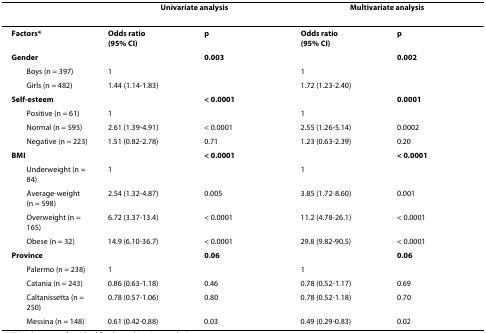
<table><thead><tr><td></td><td colspan="2"><b>Univariate analysis</b></td><td colspan="2"><b>Multivariate analysis</b></td></tr></thead><tbody><tr><td><b>Factors*</b></td><td><b>Odds ratio</b><b>(95% CI)</b></td><td><b>p</b></td><td><b>Odds ratio</b><b>(95% CI)</b></td><td><b>p</b></td></tr><tr><td><b>Gender</b></td><td></td><td><b>0.003</b></td><td></td><td><b>0.002</b></td></tr><tr><td> Boys (n = 397)</td><td>1</td><td></td><td>1</td><td></td></tr><tr><td> Girls (n = 482)</td><td>1.44 (1.14-1.83)</td><td></td><td>1.72 (1.23-2.40)</td><td></td></tr><tr><td><b>Self-esteem</b></td><td></td><td><b>&lt; 0.0001</b></td><td></td><td><b>0.0001</b></td></tr><tr><td> Positive (n = 61)</td><td>1</td><td></td><td>1</td><td></td></tr><tr><td> Normal (n = 595)</td><td>2.61 (1.39-4.91)</td><td>&lt; 0.0001</td><td>2.55 (1.26-5.14)</td><td>0.0002</td></tr><tr><td> Negative (n = 223)</td><td>1.51 (0.82-2.78)</td><td>0.71</td><td>1.23 (0.63-2.39)</td><td>0.20</td></tr><tr><td><b>BMI</b></td><td></td><td><b>&lt; 0.0001</b></td><td></td><td><b>&lt; 0.0001</b></td></tr><tr><td> Underweight (n = 84)</td><td>1</td><td></td><td>1</td><td></td></tr><tr><td> Average-weight (n = 598)</td><td>2.54 (1.32-4.87)</td><td>0.005</td><td>3.85 (1.72-8.60)</td><td>0.001</td></tr><tr><td> Overweight (n = 165)</td><td>6.72 (3.37-13.4)</td><td>&lt; 0.0001</td><td>11.2 (4.78-26.1)</td><td>&lt; 0.0001</td></tr><tr><td> Obese (n = 32)</td><td>14.9 (6.10-36.7)</td><td>&lt; 0.0001</td><td>29.8 (9.82-90.5)</td><td>&lt; 0.0001</td></tr><tr><td><b>Province</b></td><td></td><td><b>0.06</b></td><td></td><td><b>0.06</b></td></tr><tr><td> Palermo (n = 238)</td><td>1</td><td></td><td>1</td><td></td></tr><tr><td> Catania (n = 243)</td><td>0.86 (0.63-1.18)</td><td>0.46</td><td>0.78 (0.52-1.17)</td><td>0.69</td></tr><tr><td> Caltanissetta (n = 250)</td><td>0.78 (0.57-1.06)</td><td>0.80</td><td>0.78 (0.52-1.18)</td><td>0.70</td></tr><tr><td> Messina (n = 148)</td><td>0.61 (0.42-0.88)</td><td>0.03</td><td>0.49 (0.29-0.83)</td><td>0.02</td></tr></tbody></table>